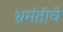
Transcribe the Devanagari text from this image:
भ्रमंतीचे